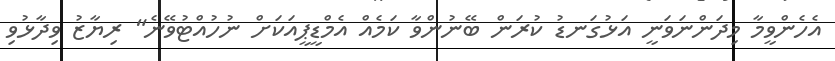
އެހެންވީމާ މިދަންނަވަނީ އަޅުގަނޑު ކުރަން ބޭނުންވާ ކަމެއް އެމްޑީޕީއަކަށް ނުހުއްޓުވޭނެ" ރިޔާޒު ވިދާޅުވި